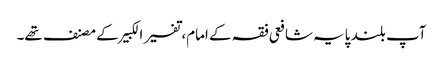
آپ بلند پایہ شافعی فقہ کے امام، تفسیر الکبیر کے مصنف تھے۔